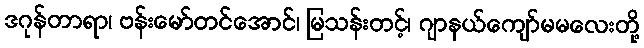
ဒဂုန်တာရာ၊ ဗန်းမော်တင်အောင်၊ မြသန်းတင့်၊ ဂျာနယ်ကျော်မမလေးတို့